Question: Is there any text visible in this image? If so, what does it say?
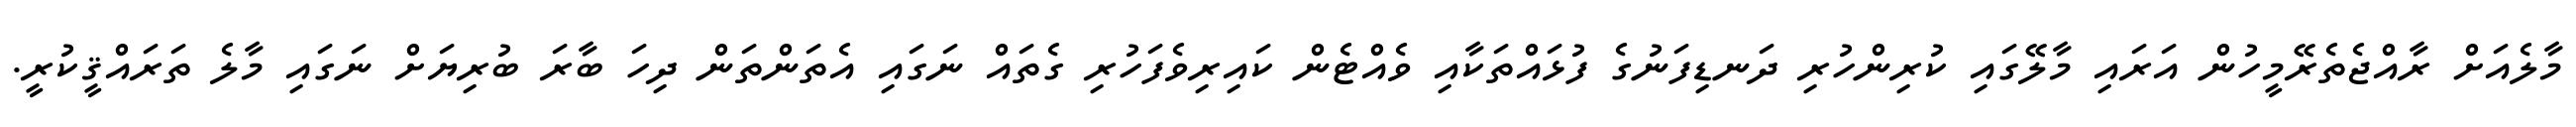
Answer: މާލެއަށް ރާއްޖެތެރޭމީހުން އަރައި މާލޭގައި ކުރިންހުރި ދަނޑިފަނުގެ ފުޅައްތަކާއި ވެއްޓެން ކައިރިވެފަހުރި ގެތައް ނަގައި އެތަންތަން ދިހަ ބާރަ ބުރިޔަށް ނަގައި މާލެ ތަރައްޤީކުރީ.